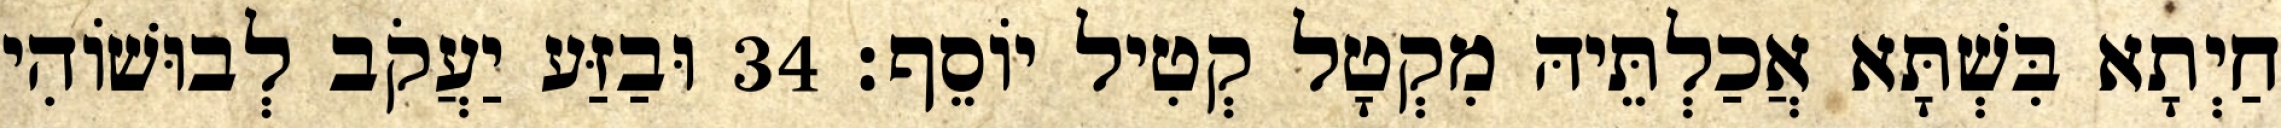
חַיְתָא בִּשְׁתָּא אֲכַלְתֵּיהּ מִקְטָל קְטִיל יוֹסֵף׃ 34 וּבַזַּע יַעֲקֹב לְבוּשׁוֹהִי